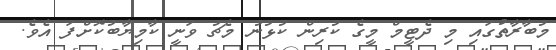
މުބާރާތުގައި މި ދެޓީމް މީގެ ކުރިން ކުޅުނު މެޗު ވަނީ ކާމިޔާބުކޮށްފަ އެވެ.